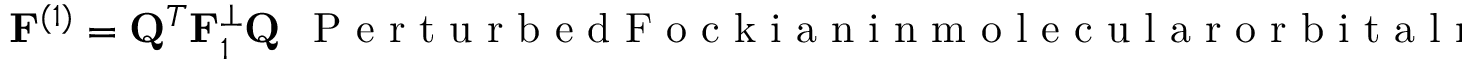
{ \bf F } ^ { ( 1 ) } = { \bf Q } ^ { T } { \bf F } _ { 1 } ^ { \perp } { \bf Q } ~ ~ \mathrm { ~ P ~ e ~ r ~ t ~ u ~ r ~ b ~ e ~ d ~ F ~ o ~ c ~ k ~ i ~ a ~ n ~ i ~ n ~ m ~ o ~ l ~ e ~ c ~ u ~ l ~ a ~ r ~ o ~ r ~ b ~ i ~ t ~ a ~ l ~ r ~ e ~ p ~ r ~ e ~ s ~ e ~ n ~ t ~ a ~ t ~ i ~ o ~ n ~ ( ~ * ~ ) ~ }